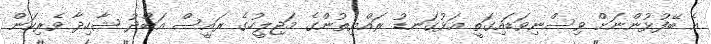
އެ ބޭފުޅުންނަށް ވިސްނިވަޑައިގަތީ އަޅުގަނޑު ރައްޔިތުންގެ މަޖިލީހުގެ ރައީސް އަބްދު ޝާހިދާ ވެރިކަން